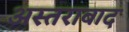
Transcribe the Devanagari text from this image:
अस्तराबाद